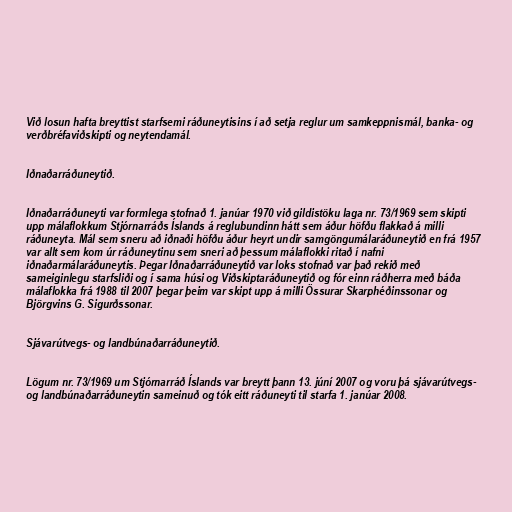
Við losun hafta breyttist starfsemi ráðuneytisins í að setja reglur um samkeppnismál, banka- og
verðbréfaviðskipti og neytendamál.

Iðnaðarráðuneytið.

Iðnaðarráðuneyti var formlega stofnað 1. janúar 1970 við gildistöku laga nr. 73/1969 sem skipti
upp málaflokkum Stjórnarráðs Íslands á reglubundinn hátt sem áður höfðu flakkað á milli
ráðuneyta. Mál sem sneru að iðnaði höfðu áður heyrt undir samgöngumálaráðuneytið en frá 1957
var allt sem kom úr ráðuneytinu sem sneri að þessum málaflokki ritað í nafni
iðnaðarmálaráðuneytis. Þegar Iðnaðarráðuneytið var loks stofnað var það rekið með
sameiginlegu starfsliði og í sama húsi og Viðskiptaráðuneytið og fór einn ráðherra með báða
málaflokka frá 1988 til 2007 þegar þeim var skipt upp á milli Össurar Skarphéðinssonar og
Björgvins G. Sigurðssonar.

Sjávarútvegs- og landbúnaðarráðuneytið.

Lögum nr. 73/1969 um Stjórnarráð Íslands var breytt þann 13. júní 2007 og voru þá sjávarútvegs-
og landbúnaðarráðuneytin sameinuð og tók eitt ráðuneyti til starfa 1. janúar 2008.